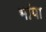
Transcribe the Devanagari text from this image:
भांपा